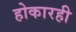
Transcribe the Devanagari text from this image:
होकारही